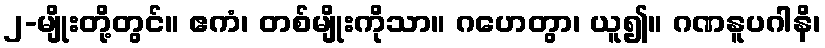
၂-မျိုးတို့တွင်။ ဧကံ၊ တစ်မျိုးကိုသာ။ ဂဟေတွာ၊ ယူ၍။ ဂဏနူပဂါနိ၊